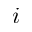
i